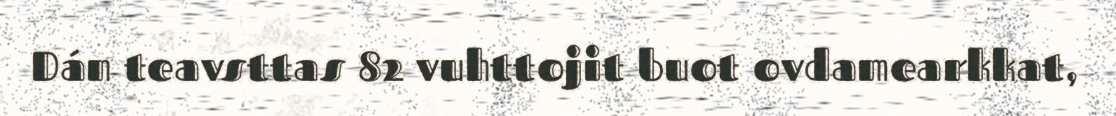
Dán teavsttas 82 vuhttojit buot ovdamearkkat,